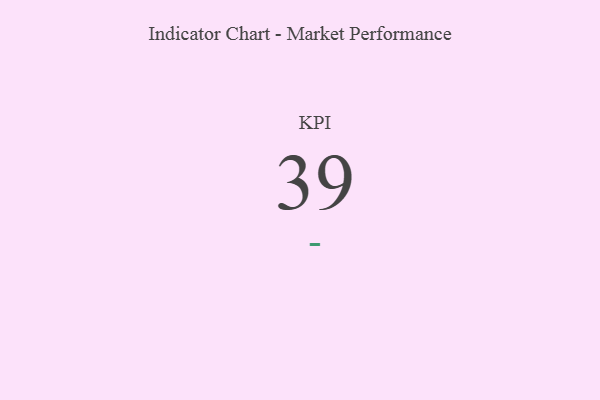
{"axis": {"x": "KPI", "y": "Value"}, "legend": [""], "data": [{"x": "KPI", "y": 39, "type": ""}]}